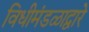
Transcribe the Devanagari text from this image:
विधीमंडळाद्वारे